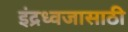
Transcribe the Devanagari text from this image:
इंद्रध्वजासाठी